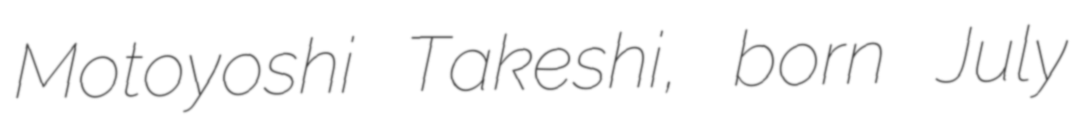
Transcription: Motoyoshi Takeshi, born July